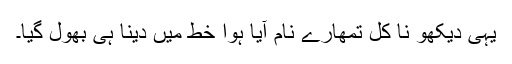
یہی دیکھو نا کل تمھارے نام آیا ہوا خط میں دینا ہی بھول گیا۔